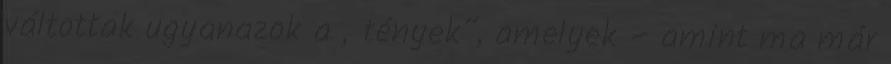
váltottak ugyanazok a „tények”, amelyek – amint ma már